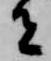
者